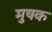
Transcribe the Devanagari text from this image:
मुषक